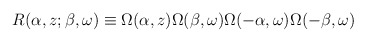
\begin{align*}R(\alpha,z;\beta,\omega) \equiv\Omega(\alpha,z)\Omega(\beta,\omega)\Omega(-\alpha,\omega)\Omega(-\beta,\omega)\end{align*}